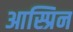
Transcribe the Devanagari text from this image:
आस्प्रिन